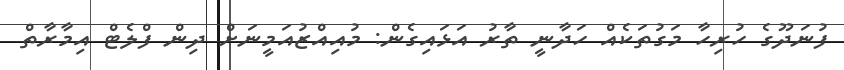
ފުނަދޫގެ ހުރިހާ މަގުތަކެއް ހަދާނީ ތާރު އަޅައިގެން: މުއިއްޒުއަމީނަށް ދިން ފްލެޓް އިމާރާތް